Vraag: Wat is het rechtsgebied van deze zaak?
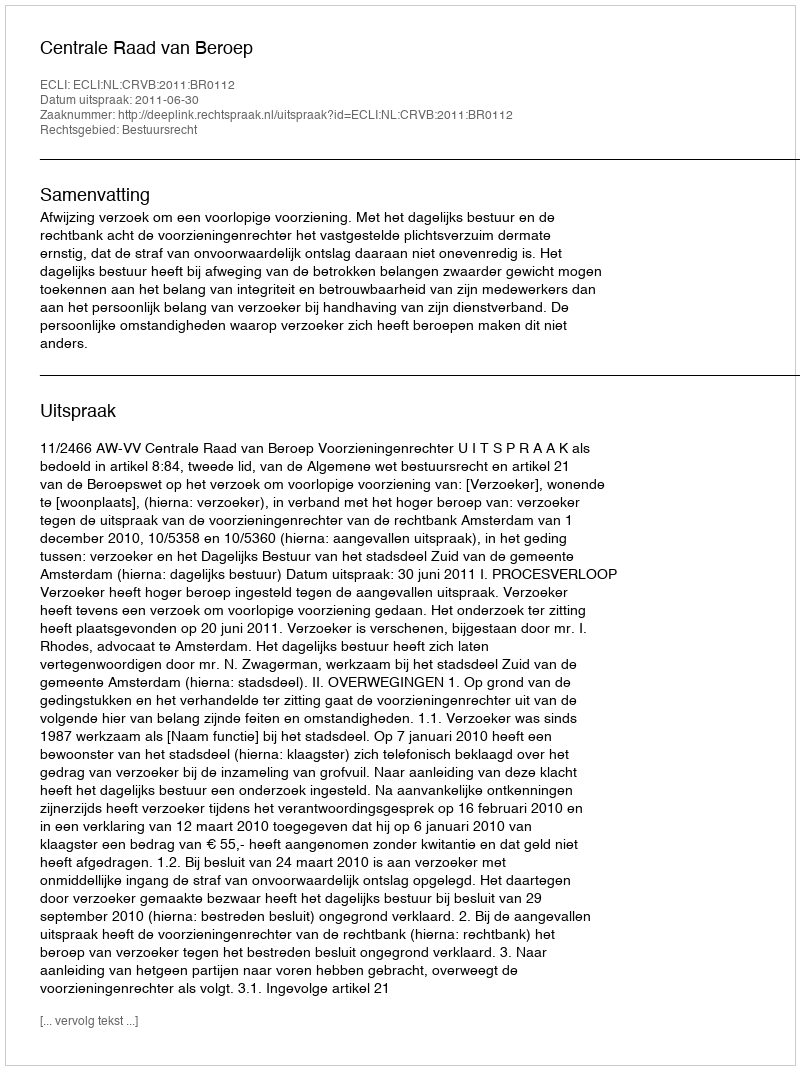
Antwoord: Bestuursrecht